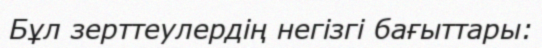
Бұл зерттеулердің негізгі бағыттары: